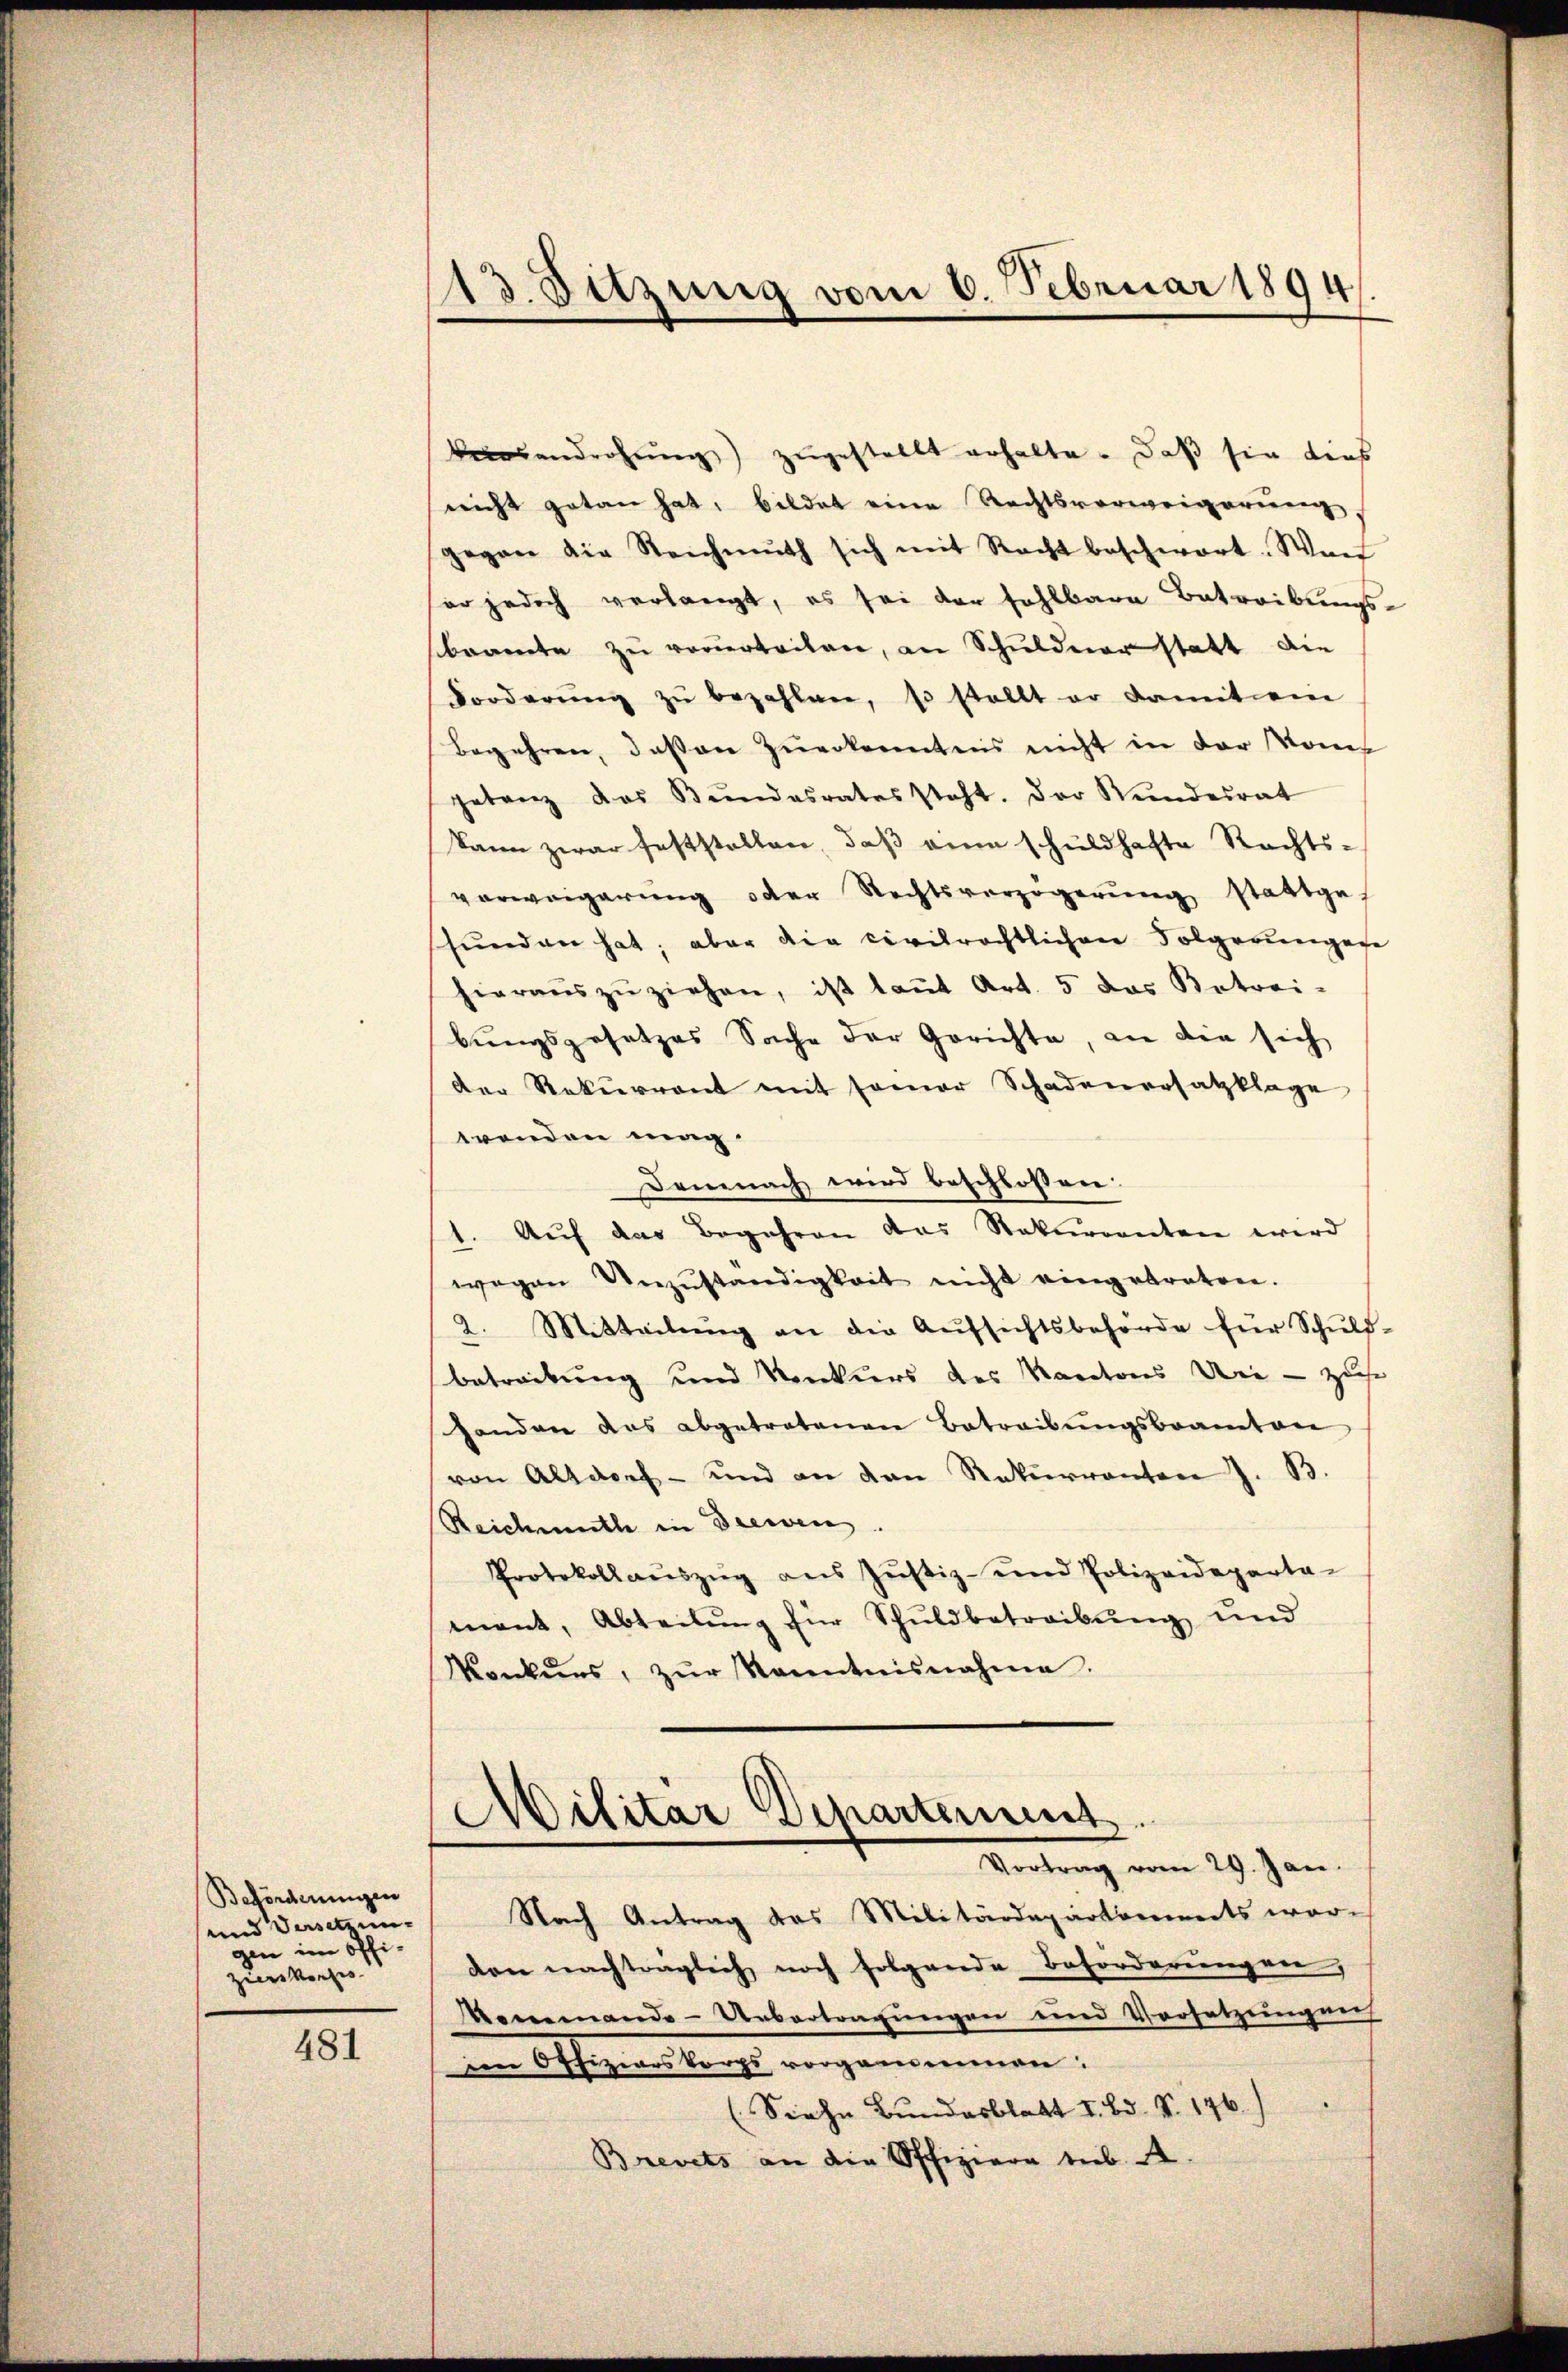
Beförderungen
und Versetzung
im offizunwesen.

481

13. Sitzung vom 6. Februar 1894.

Versandrohung zugestellt erhalte. Daß sie dies
nicht getan hat, bildet eine Rechtsverweigerung.
gegen die Reichmŭth sich mit Recht beschwort. Wenn
ser jedoch verlangt, es sei der fehlbare Betreibungs-
beamte zu verurteilen, an Schuldner statt die
Forderŭng zŭ bezahlen, so stellt er damit ein
begehren, deßen zuerkenntnis nicht in der Komgetanz das Bŭndesrates steht. Der Wundesrat
kann zwar feststellen, daß eine schuldhafte Rechts-
verweigerŭng oder Rechtsverzögerŭng stattgef
shunden hat; aber die civilrechtlichen Folgerungere
hieraŭs zŭ ziehen, ist laŭt Art. 5 das Betrei-
bungsgesetzes Sache der Gerichte, die die sich
der Rekurrent mit sonar Schadenersatzklage
wenden mag.
Demnach wird beschlossen:
1. Auf das Begehren das Rekurrenten wird
wegen Unzŭständigkeit nicht eingebraten.
2. Mitteilŭng an die Aŭfsichtsbehörde für Schŭld-
betreibung und Konkurs des Kantons die - zuse
handen das abgetretenen Betreibŭngsbeamten
von Altdorf- und an den Rekurrenten J. B.
Reichmuth in Drewen
Protokollaŭszŭg aŭs Jŭstiz- und Polizeideparta-
ment, Abteilŭng für Schuldbetreibŭng und
Konkurs, zŭr Kenntnisnahme.

Militär Departement.
Vortrag vom 29. Jan.

Nach Antrag des Militärdepartements war-
den nachtraglich noch folgende Beförderungen,
Renemando-Uebertragungen und Vorsetzungen
in Offiziarskorps vorgenommen:
(Siehe Bundesblatt I. Bd. V. 146.)
Brevets an die Offiziere sub A.